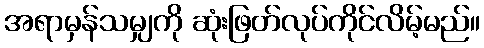
အရာမှန်သမျှကို ဆုံးဖြတ်လုပ်ကိုင်လိမ့်မည်။